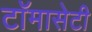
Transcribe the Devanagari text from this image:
टाॅमासेटी